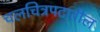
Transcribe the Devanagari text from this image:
चलचित्रपटातील